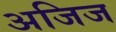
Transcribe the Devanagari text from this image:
अजिज